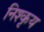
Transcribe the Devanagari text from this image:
निश्कृय